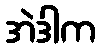
အဲဒါက